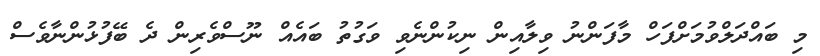
މި ބައްދަލްވުމަށްފަހް މާފަންނު ވިލާއިން ނިކުންނެވި ވަގުތު ބައެއް ނޫސްވެރިން ދެ ބޭފުޅުންނާވެސް